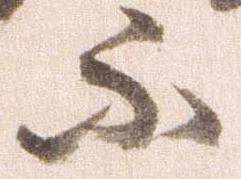
不